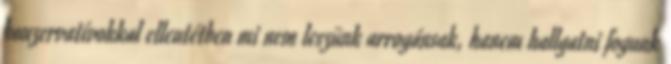
konzervatívokkal ellentétben mi nem leszünk arrogánsak, hanem hallgatni fogunk